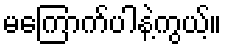
မကြောက်ပါနဲ့ကွယ့်။